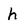
Character: h